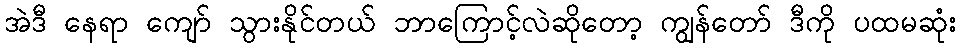
အဲဒီ နေရာ ကျော် သွားနိုင်တယ် ဘာကြောင့်လဲဆိုတော့ ကျွန်တော် ဒီကို ပထမဆုံး